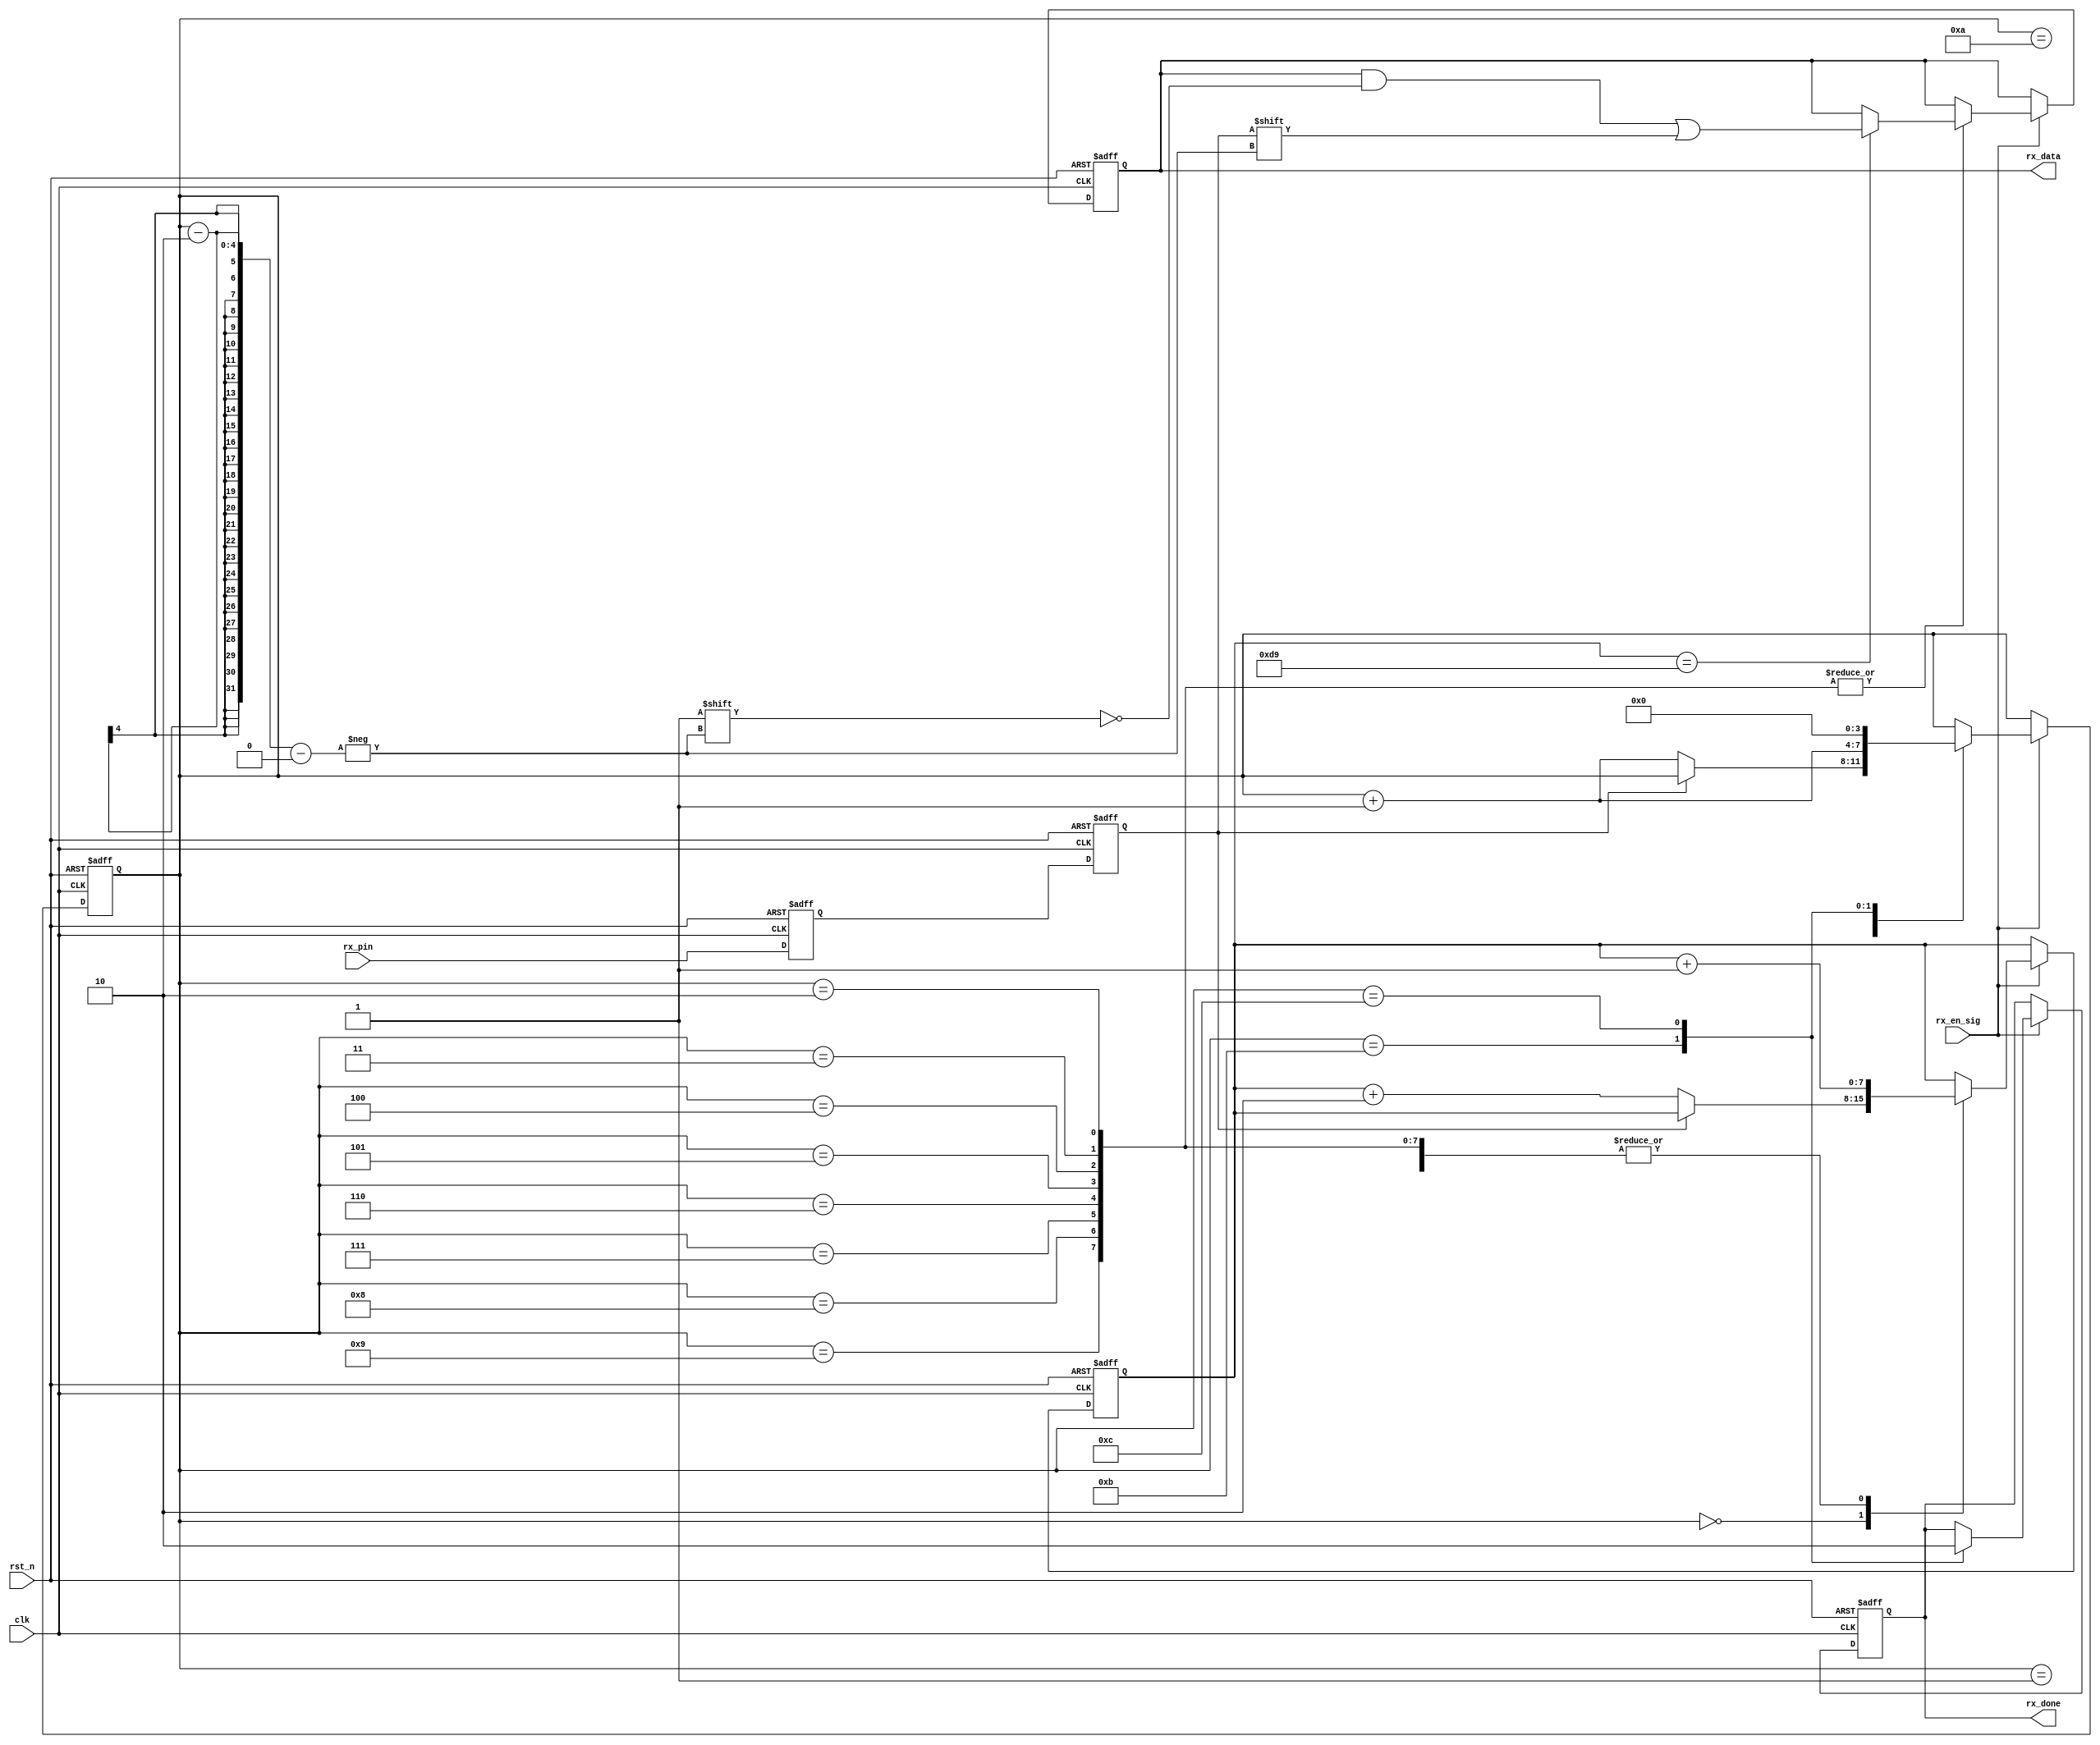
module rx_module
#(parameter BPS = 13'd434)
(
    clk,
    rst_n,
    rx_pin,
    rx_en_sig,
    rx_done,
    rx_data
);

    input clk;
    input rst_n;
    input rx_pin;
    input rx_en_sig;
    output reg rx_done;
    output reg [7:0] rx_data;
    
    /******************/
    wire [7:0] sq_c1;
    wire sq_f1;
    wire sq_f2;
    /******************/

    /***********************/
    
    reg f1;
    reg f2;
    
    //
    always @(posedge clk or negedge rst_n)
    begin
        if(~rst_n)
        begin
            f1 <= 1'b1;
            f2 <= 1'b1;
        end
        else
        begin
            f1 <= rx_pin;
            f2 <= f1;
        end
    end
    
    /***********************/
    /*
    //bitclk
    localparam BPS_50MHz_9600   = 13'd5208;
    localparam BPS_50MHz_115200 = 13'd434;
    localparam BPS_12MHz_9600   = 13'd1250;
    localparam BPS_12MHz_115200 = 13'd104;
    */
    /***********************/
    
    
    reg [3:0] i;
    reg [7:0] c1;
    
    always @(posedge clk or negedge rst_n)
    begin
        if(~rst_n)
        begin
            i <= 4'd0;
            c1 <= 8'd0;
            rx_data <= 8'd0;
            rx_done <= 1'b0;
        end
        else if(rx_en_sig)
        begin
            case(i)
            
                0:
                if(f2 == 1'b0) begin i <= i + 1'b1; c1 <= c1 + 8'd2; end
                
                1: //start
                if(c1 == BPS-1) begin c1 <= 8'd0; i <= i + 1'b1; end
                else c1 <= c1 + 1'b1;
                
                2,3,4,5,6,7,8,9: //data
                begin
                    if(c1 == BPS>>1) rx_data[i-2] <= f2; //LSB
                    if(c1 == BPS-1) begin c1 <= 8'd0; i <= i + 1'b1; end
                    else c1 <= c1 + 1'b1;
                end
                
                10: //stop
                if(c1 == BPS-1) begin c1 <= 8'd0; i <= i + 1'b1; end
                else c1 <= c1 + 1'b1;
                
                11:
                begin rx_done <= 1'b1; i <= i + 1'b1; end
                
                12:
                begin rx_done <= 1'b0; i <= 4'd0; end
            
            endcase
        end
    end
    
    
    assign sq_c1 = c1;
    assign sq_f1 = f1;
    assign sq_f2 = f2;

endmodule